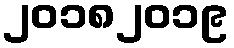
၂၀၁၈၂၀၁၉